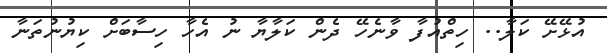
އުޅޭށޭ ކަލާ.. ހިތްއުފާ ވާނެހޭ ދެން ކަލާޔާ ނު އެހާ ހިސާބަށް ކިޔުނުތަނާ